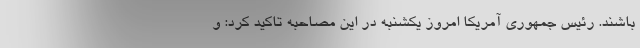
باشند. رئیس جمهوری آمریکا امروز یکشنبه در این مصاحبه تاکید کرد: و